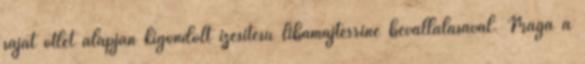
saját ötlet alapján kigondolt ízesítésű libamájterrine bevállalásával. Maga a